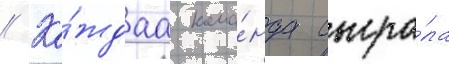
// Ка́ждаа кома́нда сыгра́ла